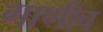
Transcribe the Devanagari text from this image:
गाणीच